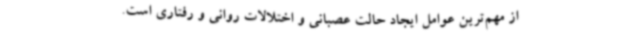
از مهم‌ترین عوامل ایجاد حالت عصبانی و اختلالات روانی و رفتاری است.